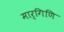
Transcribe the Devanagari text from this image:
मार्गिणि